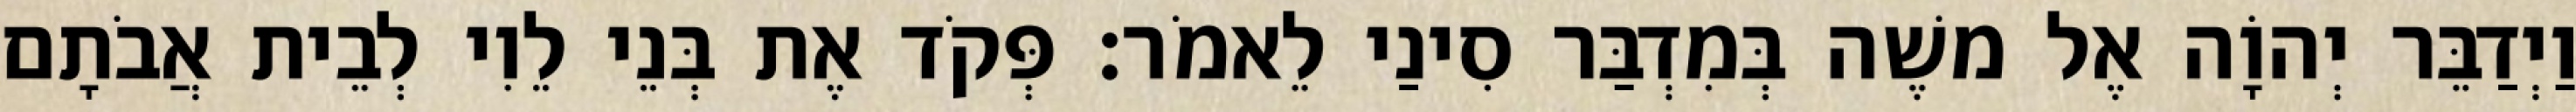
וַיְדַבֵּר יְהוָֹה אֶל משֶׁה בְּמִדְבַּר סִינַי לֵאמֹר׃ פְּקֹד אֶת בְּנֵי לֵוִי לְבֵית אֲבֹתָם